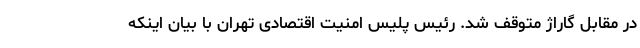
در مقابل گاراژ متوقف شد. رئیس پلیس امنیت اقتصادی تهران با بیان اینکه